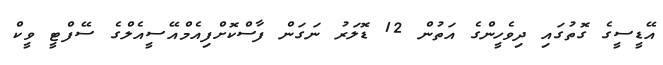
އޭޑީސީގެ ގޮތުގައި ދިވެހީންގެ އަތުން 12 ޑޮލަރު ނަގަން ފާސްކޮށްފިއެމްއޭސީއެލްގެ ސޭފްޓީ ވީކް